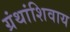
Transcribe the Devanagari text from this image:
ग्रंथांशिवाय